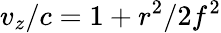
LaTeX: v_{z}/c=1+r^{2}/2f^{2}